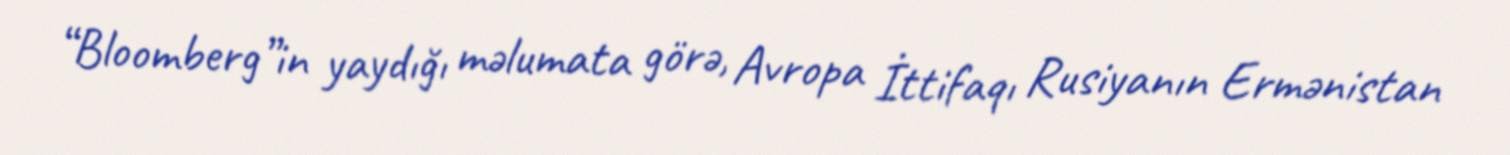
“Bloomberg”in yaydığı məlumata görə, Avropa İttifaqı Rusiyanın Ermənistan